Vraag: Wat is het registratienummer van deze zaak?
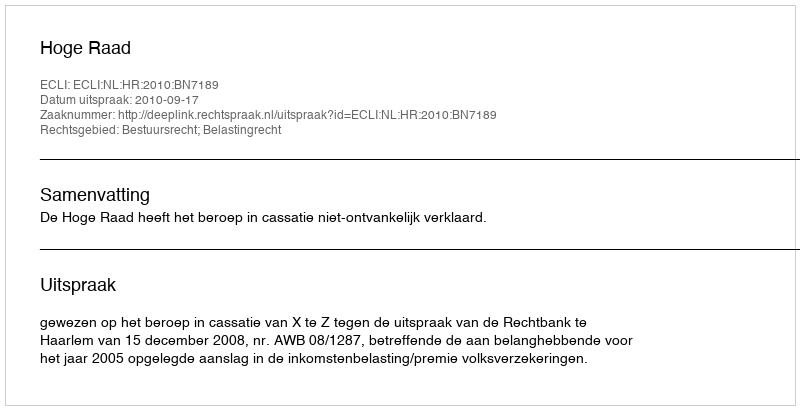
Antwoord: http://deeplink.rechtspraak.nl/uitspraak?id=ECLI:NL:HR:2010:BN7189